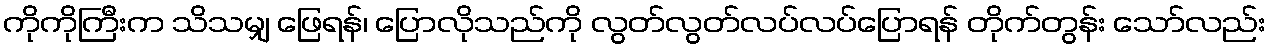
ကိုကိုကြီးက သိသမျှ ဖြေရန်၊ ပြောလိုသည်ကို လွတ်လွတ်လပ်လပ်ပြောရန် တိုက်တွန်း သော်လည်း